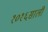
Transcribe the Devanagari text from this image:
१०१६साली